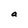
Character: a